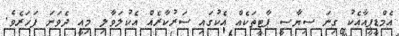
އެމްޑީޕީއާއެކު ގިނަ ސިޔާސީ ޕާޓީތަކެއް އެކުގައި ސަރުކާރެއް އެކުލަވާލި މިއީ ދެވަނަ ފަހަރެވެ.